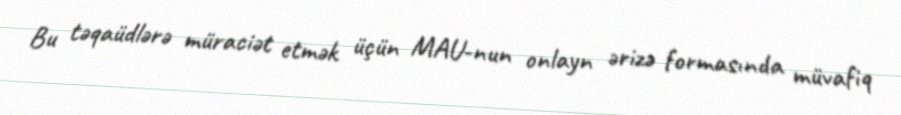
Bu təqaüdlərə müraciət etmək üçün MAU-nun onlayn ərizə formasında müvafiq